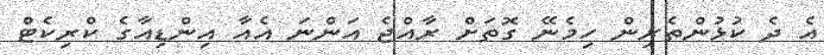
އެ ދެ ކުޅުންތެރިން ހިމެނޭ ގޮތަށް ރާއްޖެ އަންނަ އެއާ އިންޑިއާގެ ކްރިކެޓް